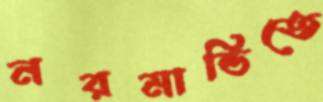
নরমান্ডিতে